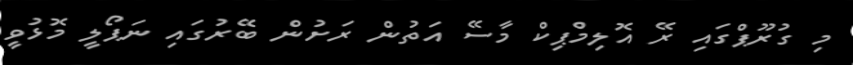
މި ގުރޫޕްގައި ރޭ އޮލިމްޕިކް މާސޭ އަތުން ރަށުން ބޭރުގައި ނަޕޯލީ މޮޅުވީ